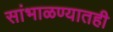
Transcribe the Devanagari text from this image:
सांभाळण्यातही